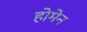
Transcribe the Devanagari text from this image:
होमेन